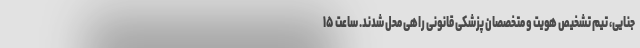
جنایی، تیم تشخیص هویت و متخصصان پزشکی قانونی راهی محل شدند. ساعت ۱۵